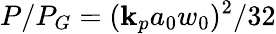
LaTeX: P/P_{G}=(\mathbf{k}_{p}a_{0}w_{0})^{2}/32